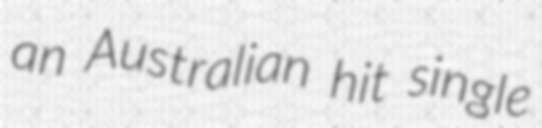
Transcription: an Australian hit single